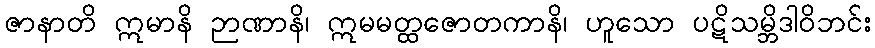
ဇာနာတိ ဣမာနိ ဉာဏာနိ၊ ဣမမတ္ထဇောတကာနိ၊ ဟူသော ပဋိသမ္ဘိဒါဝိဘင်း